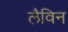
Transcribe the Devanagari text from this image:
लैविन